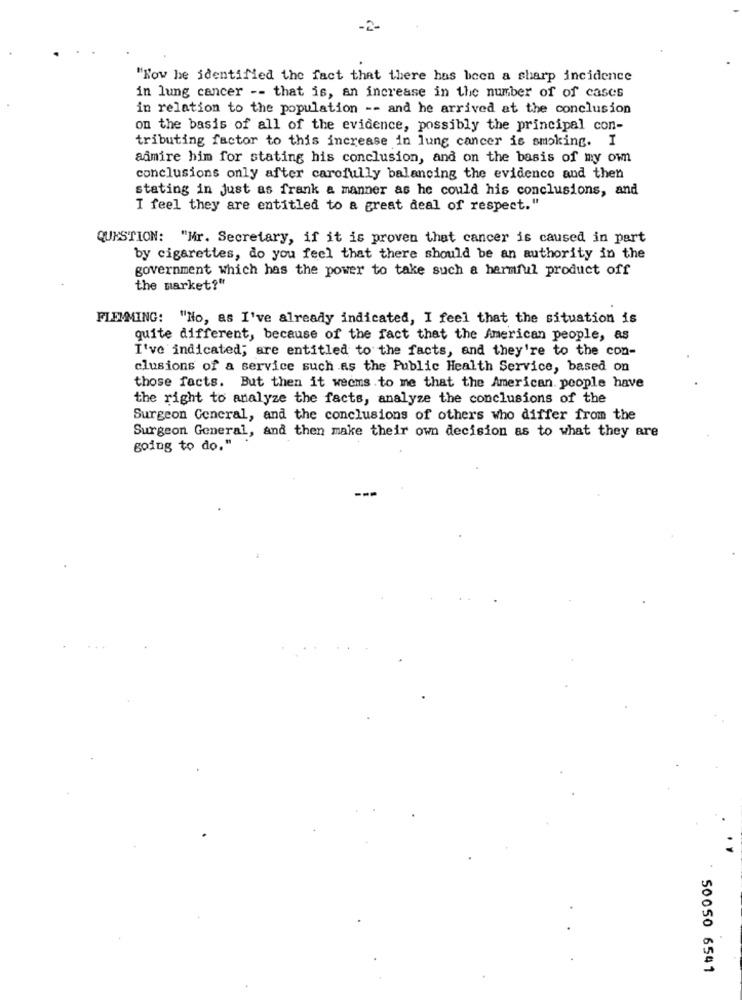
-2-
"Now he identified the fact that there has been a sharp incidence
in lung cancer -- that is, an increase in the number of of cases
in relation to the population -- and he arrived at the conclusion
on the basis of all of the evidence, possibly the principal con-
tributing factor to this increase in lung cancer is smoking. I
admire him for stating his conclusion, and on the basis of my own
conclusions only after carefully balancing the evidence and then
stating in just as frank a manner as he could his conclusions, and
I feel they are entitled to a great deal of respect."
QUESTION: "Mr. Secretary, if it is proven that cancer is caused in part
by cigarettes, do you feel that there should be an authority in the
government which has the power to take such a harmful product off
the market?"
FLEMMING: "No, as I've already indicated, I feel that the situation is
quite different, because of the fact that the American people, as
I've indicated; are entitled to the facts, and they're to the con-
clusions of a service such as the Public Health Service, based on
those facts. But then it wecms to me that the American people have
the right to analyze the facts, analyze the conclusions of the
Surgeon Concral, and the conclusions of others who differ from the
Surgeon General, and then make their own decision as to what they are
going to do."
50050 6541